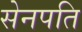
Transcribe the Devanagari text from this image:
सेनपति